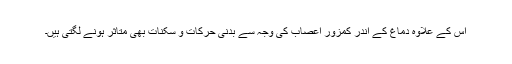
اس کے علاوہ دماغ کے اندر کمزور اعصاب کی وجہ سے بدنی حرکات و سکنات بھی متاثر ہونے لگتی ہیں۔